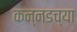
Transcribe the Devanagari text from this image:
कन्‍नडच्या